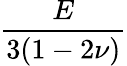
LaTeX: \frac{E}{3(1-2\nu)}